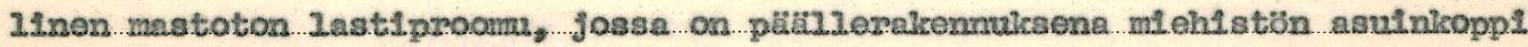
linen mastoton lastiproomu, jossa on päällerakennuksena miehistön asuinkoppi